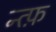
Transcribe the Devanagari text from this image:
न्त्फ़